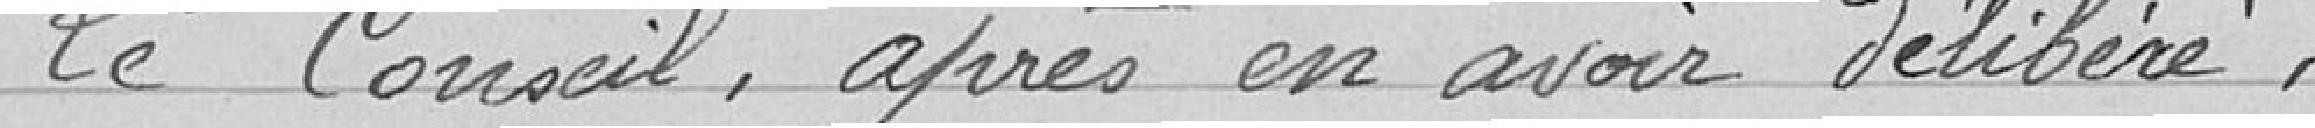
Les Conseil, après en avoir délibéré,